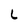
Character: l